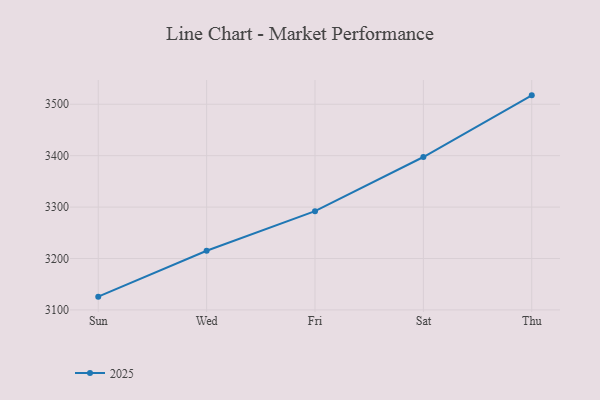
{"axis": {"x": "Day", "y": "Bounce Rate (%)"}, "legend": ["2025"], "data": [{"x": "Sun", "y": 3125.8, "type": "2025"}, {"x": "Wed", "y": 3215.0, "type": "2025"}, {"x": "Fri", "y": 3292.1, "type": "2025"}, {"x": "Sat", "y": 3397.4, "type": "2025"}, {"x": "Thu", "y": 3517.3, "type": "2025"}]}